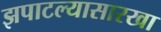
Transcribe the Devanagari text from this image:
झपाटल्यासारखा